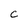
Character: C